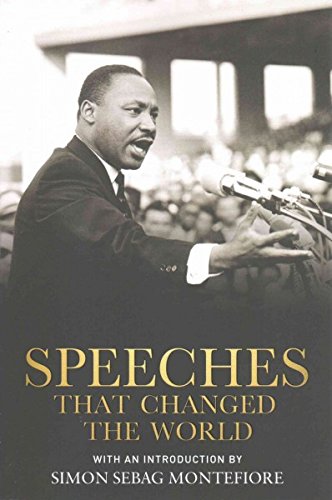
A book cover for Speeches that Changed the World; Simon Sebag Montefiore; History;